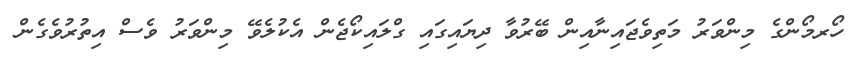
ހޯރމޯންގެ މިންވަރު މަތިވެޖައިނާއިން ބޭރުވާ ދިޔައިގައި ގްލައިކޯޖެން އެކުލެވޭ މިންވަރު ވެސް އިތުރުވެގެން